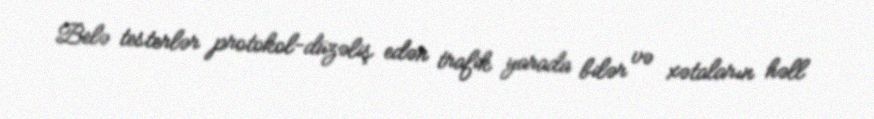
Belə testerlər protokol-düzəliş edən trafik yarada bilər və xətaların həll